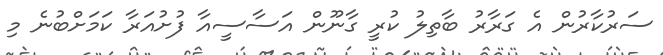
ސަރުކާރުން އެ ގަރާރު ބާތިލު ކުރީ ގާނޫން އަސާސީއާ ފުށުއަރާ ކަމަށްބުނެ މި